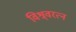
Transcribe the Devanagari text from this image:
विश्र्वरत्न